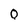
Character: 0